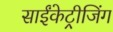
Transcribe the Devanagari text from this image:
साईंकेट्रीजिंग